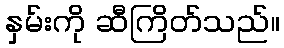
နှမ်းကို ဆီကြိတ်သည်။